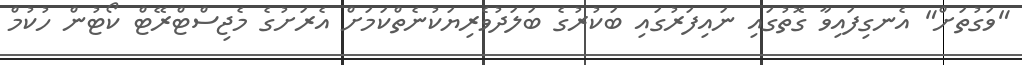
"ވަގުތަށް" އެނގިފައިވާ ގޮތުގައި ނައިފަރުގައި ބަކުރުގެ ބަލަދުވެރިޔަކުނެތްކަމަށް އެރަށުގެ މެޖިސްޓްރޭޓް ކޯޓުން ހުކުމް